Annual report of the Imperial Bacteriological Laboratory, Muktesar
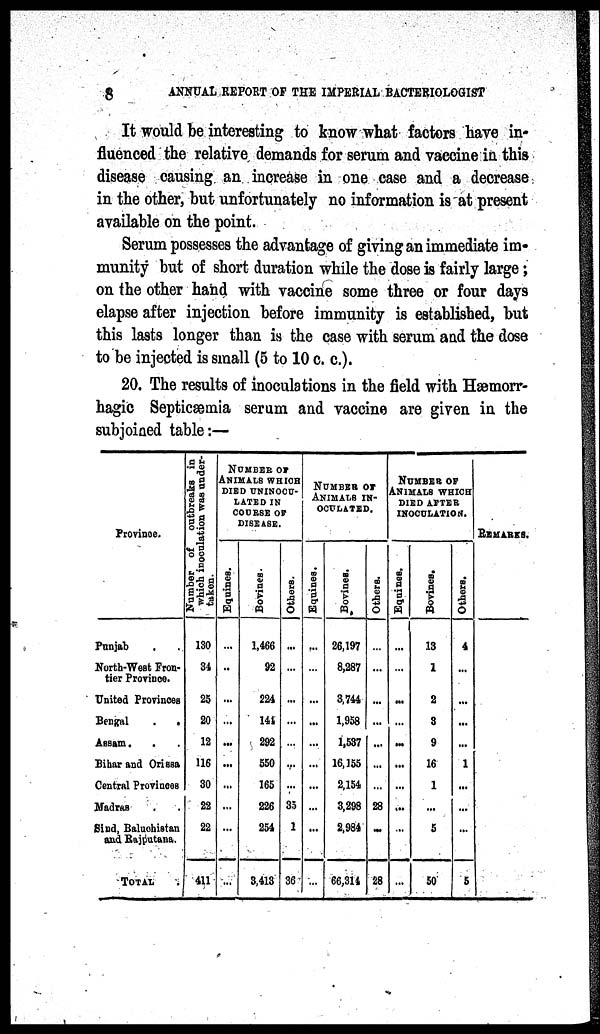
8
ANNUAL REPORT OF THE IMPERIAL BACTERIOLOGIST
It would be interesting to know what factors have in-
fluenced the relative demands for serum and vaccine in this
disease causing an increase in one case and a decrease
in the other, but unfortunately no information is at present
available on the point.
Serum possesses the advantage of giving an immediate im-
munity but of short duration while the dose is fairly large ;
on the other hand with vaccine some three or four days
elapse after injection before immunity is established, but
this lasts longer than is the case with serum and the dose
to be injected is small (5 to 10 c. c.).
20. The results of inoculations in the field with Hæmorr-
hagic Septicæmia serum and vaccine are given in the
subjoined table:—
Province.
Punjab
North-West Fron-
tier Province.
United Provinces
Bengal
.
.
Assam. . .
Bihar and Orissa
Central Provinces
Madras
Sind, Baluchistan
and Rajputana.
TOTAL
Number of
outbreaks in
which inoculation was under¬
taken.
130
34
25
20
12
116
30
22
22
411
NUMBER OF
ANIMALS WHICH
DIED UNINOCU¬
LATED IN
COURSE OF
DISEASE.
Equines.
...
...
...
...
...
...
...
...
...
...
Bovines.
1,466
92
224
141
292
550
165
226
254
3,413
Others.
...
...
...
...
...
...
...
35
1
36
NUMBER OF
ANIMALS IN¬
OCULATED.
Equines.
...
...
...
...
...
...
...
...
...
...
Bovines.
26,197
8,287
3,744
1,958
1,537
16,155
2,154
3,298
2,984
66,314
Others.
...
...
...
...
...
...
...
28
...
28
NUMBER OF
ANIMALS WHICH
DIED AFTER
INOCULATION.
Equines.
...
...
...
...
...
...
...
...
...
...
Bovines.
13
1
2
3
9
16
1
...
5
50
Others.
4
...
...
...
...
1
...
...
...
5
REMARKS.